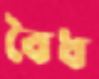
বৈধ